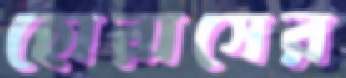
হোরাসের